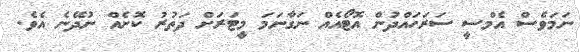
ނަމަވެސް އެމްސީ ސަރަހައްދުން އޮޓޯއެއް ނަގާނަމަ މީޓަރަށް ދަތުރު ކޮށެއް ނުދޭނެ އެވެ.